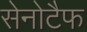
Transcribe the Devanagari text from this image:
सेनोटैफ